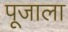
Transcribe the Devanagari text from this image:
पूजाला